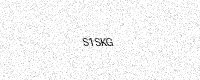
Text: S1SKG